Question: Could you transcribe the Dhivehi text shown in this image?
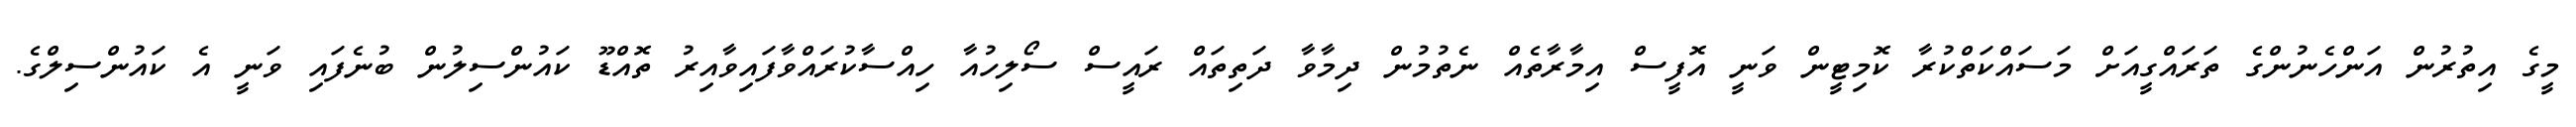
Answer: މީގެ އިތުރުން އަންހެނުންގެ ތަރައްގީއަށް މަސައްކަތްކުރާ ކޮމިޓީން ވަނީ އޮފީސް އިމާރާތެއް ނެތުމުން ދިމާވާ ދަތިތައް ރައީސް ސޯލިހުއާ ހިއްސާކުރައްވާފައިވާއިރު ތޮއްޑޫ ކައުންސިލުން ބުނެފައި ވަނީ އެ ކައުންސިލްގެ.